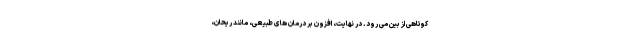
کوتاهی از بین می رود. در نهایت، افزون بر درمان های طبیعی، مانند ریحان،